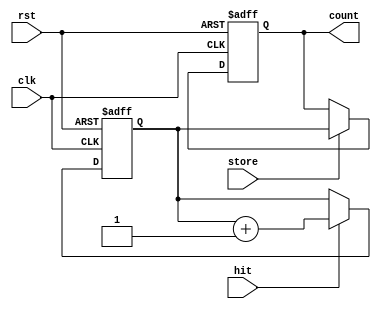

/**
 * @description: Coarse counter
 *               Two counters counting simultaneously, select the stable counting result
 * @parameters:
 *      clk_in : 200Mhz ~ 5ns
 */
module tdc_coarse(input clk,
                  input rst,
                  input hit,
                  input store,
                  output [7:0] count //synthesis keep
                  );
    
    reg [7:0] counter      = 8'd0;
    reg [7:0] counter_n    = 8'd0;
    reg [7:0] count_value  = 8'd0;

    /**
     * @description: coarse counter triggered by rising edge
     */
    always @(posedge clk or posedge rst) begin
        if (rst)
            counter <= 8'd0;
        else if(hit)
            counter <= counter_n;
    end
    always @(*) begin
        counter_n = counter + 8'd1;
    end	
    
    always @(posedge clk or posedge rst) begin
        if (rst)
            count_value <= 8'd0;
        else if(store) 
            count_value <= counter;
    end

    assign count = count_value;
    
endmodule